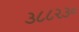
૩૮૮૨૩૦